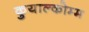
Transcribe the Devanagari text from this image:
कुयाल्कोम्म